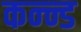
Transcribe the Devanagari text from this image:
कन्न्ड